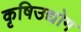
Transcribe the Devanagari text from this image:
कृषिउद्योग